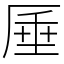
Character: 厜